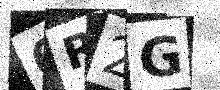
Text: 0R2G